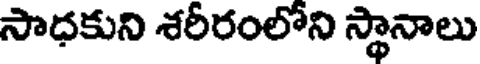
సాధకుని శరీరంలోని స్థానాలు